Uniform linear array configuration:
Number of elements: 24
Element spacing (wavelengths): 0.25
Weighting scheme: binomial
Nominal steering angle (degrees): -60
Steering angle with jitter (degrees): -58.92
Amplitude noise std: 0.05
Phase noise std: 0.05

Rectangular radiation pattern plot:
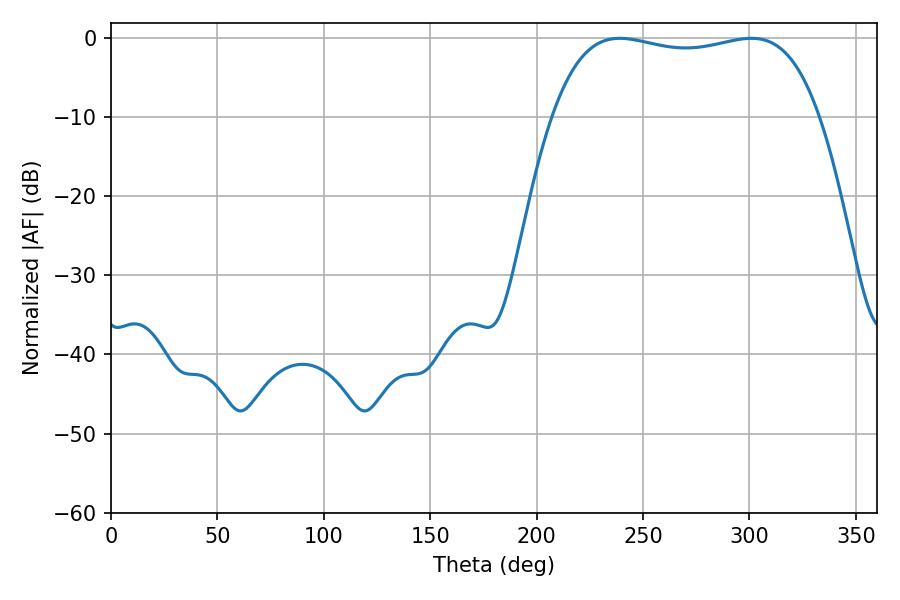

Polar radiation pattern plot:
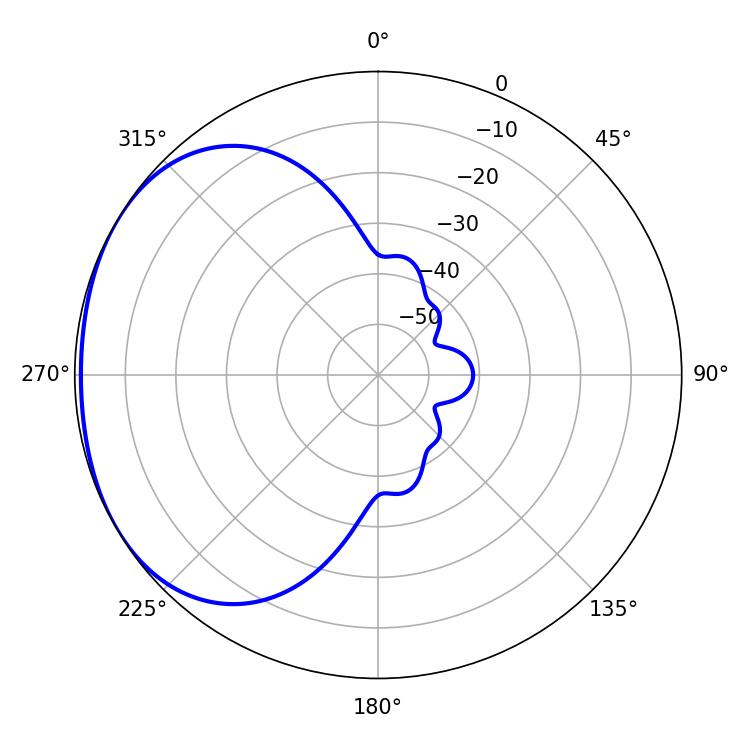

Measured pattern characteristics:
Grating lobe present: FALSE
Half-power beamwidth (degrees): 100.8
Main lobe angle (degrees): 239.04